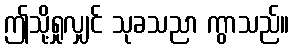
ဤသို့ရှုလျှင် သုခသညာ ကွာသည်။